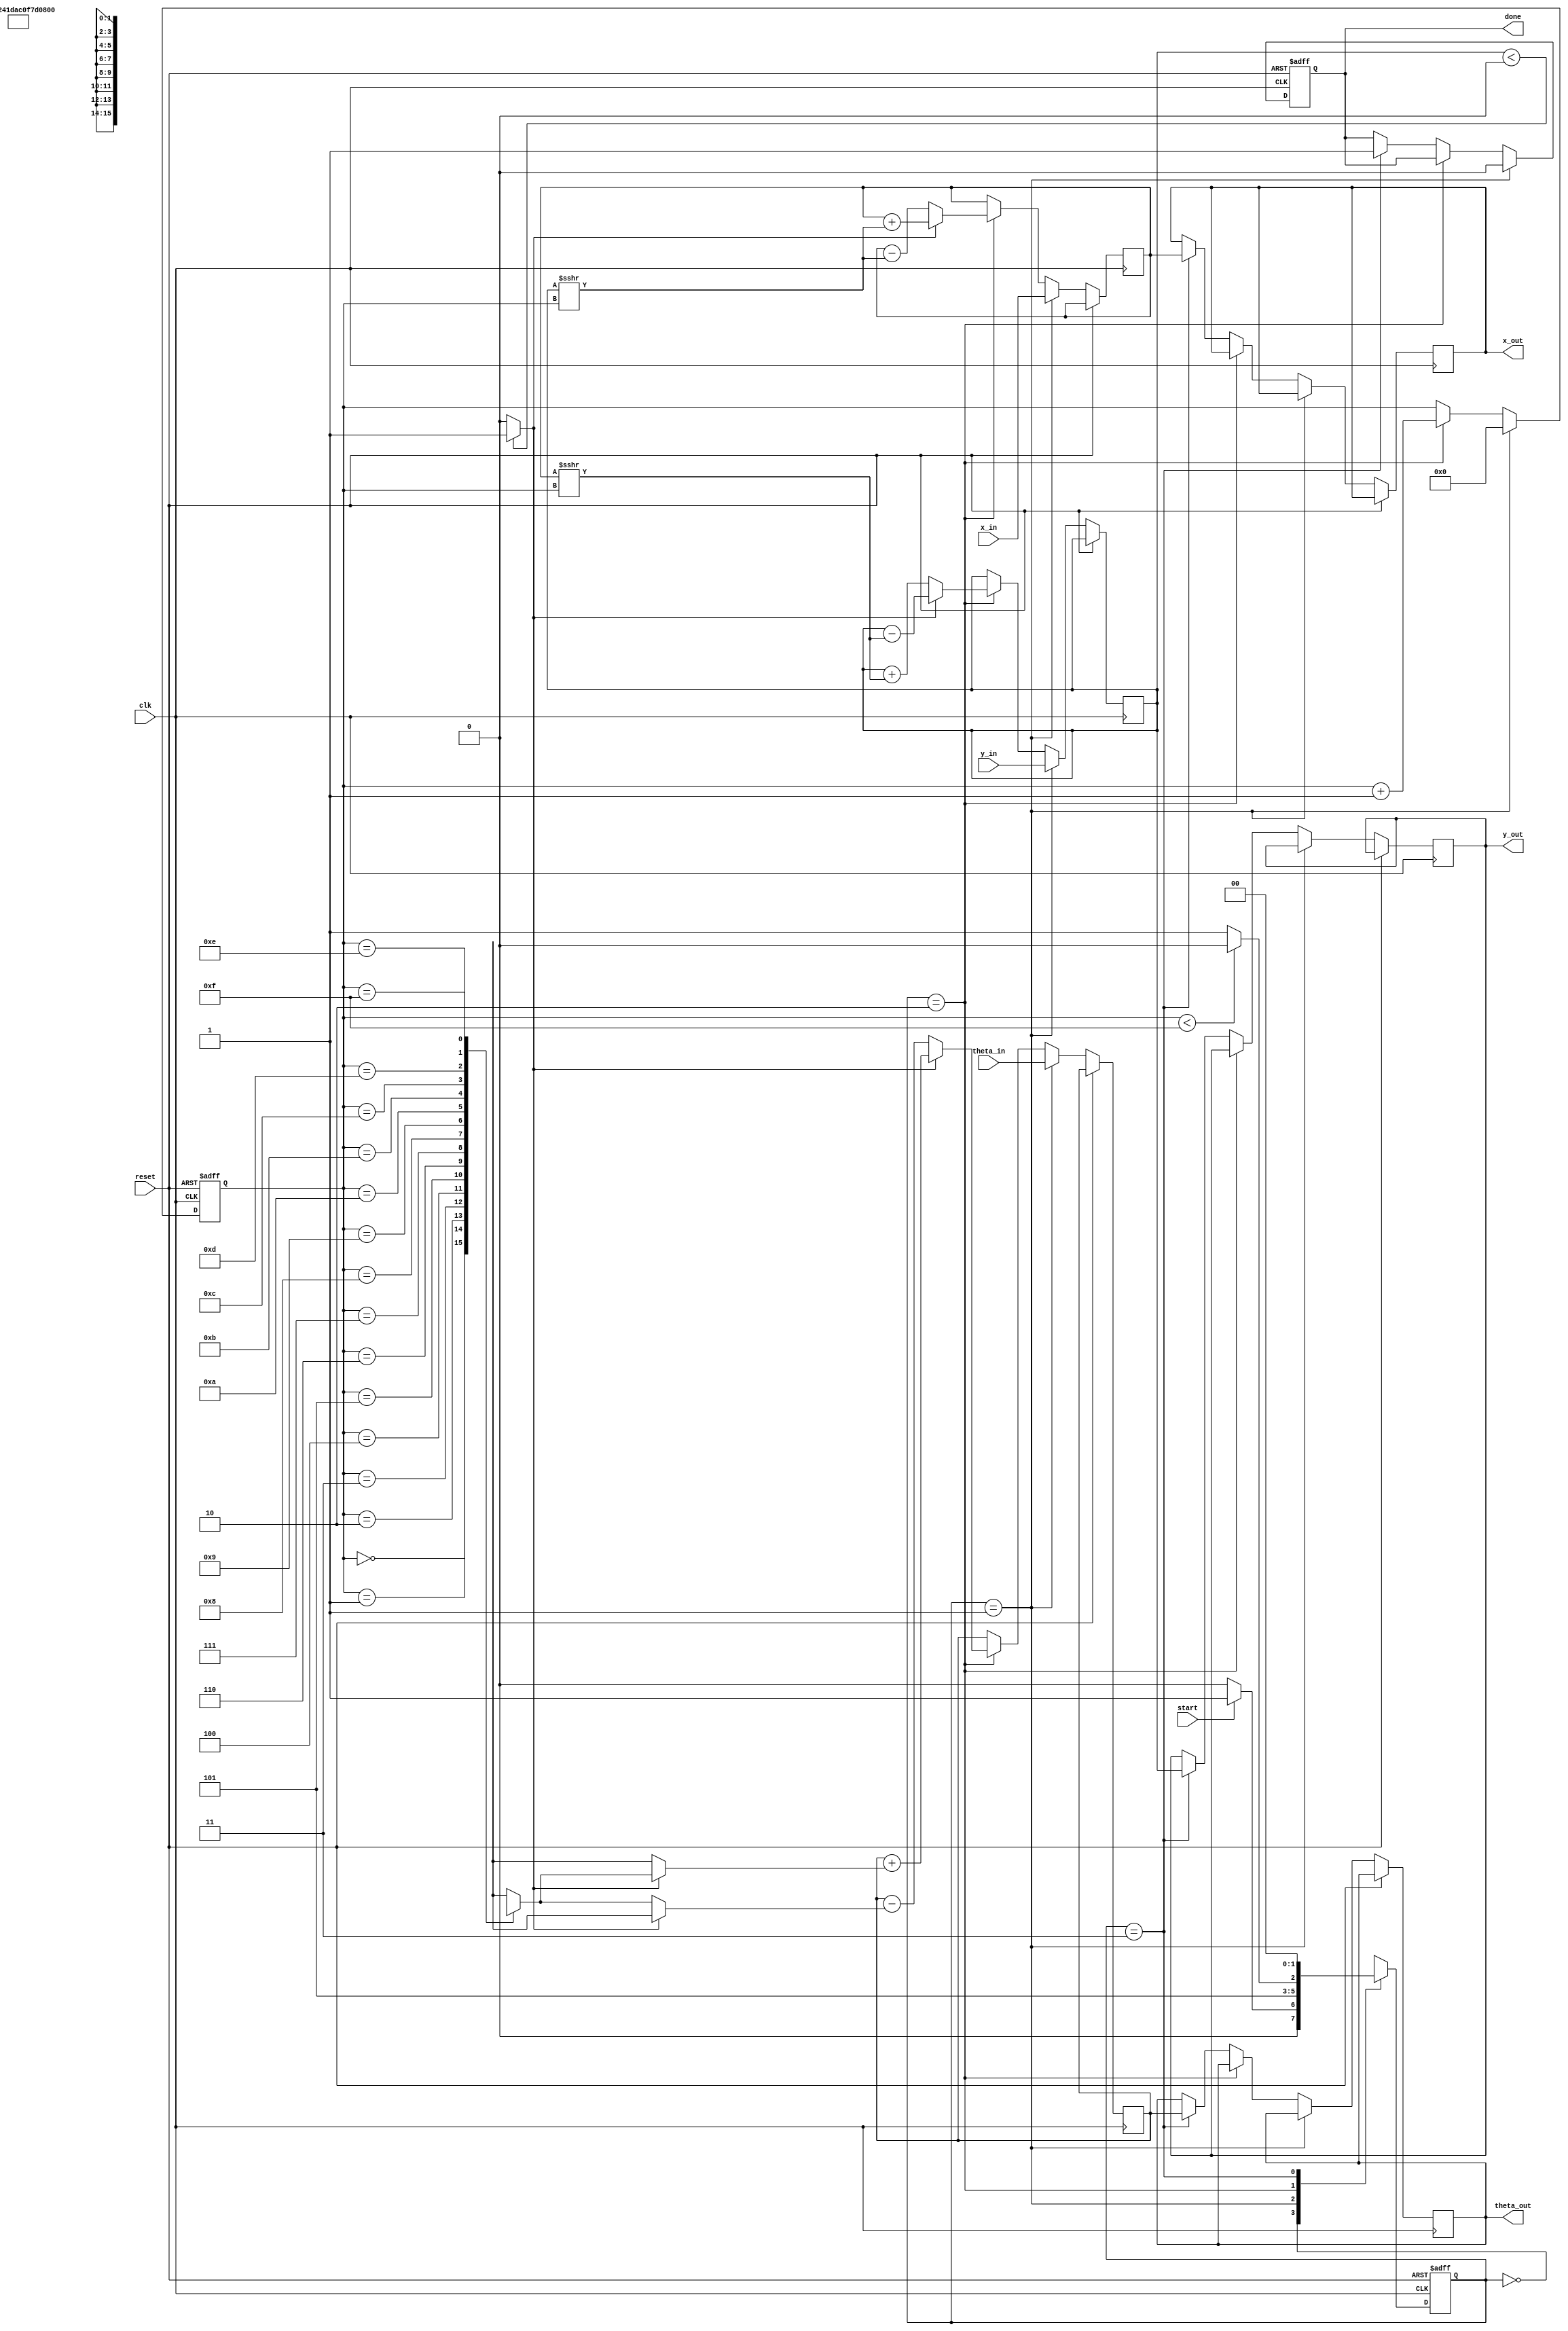
module cordic_vectoring (
    input  wire [15:0] x_in,          // Fixed-point x-coordinate input
    input  wire [15:0] y_in,          // Fixed-point y-coordinate input
    input  wire [15:0] theta_in,      // Fixed-point angle input
    input  wire start,                 // Start signal
    input  wire reset,                 // Asynchronous reset
    input  wire clk,                   // Clock signal
    output reg [15:0] x_out,           // Final x-coordinate output
    output reg [15:0] y_out,           // Final y-coordinate output
    output reg [15:0] theta_out,       // Final angle output
    output reg done                    // Done signal
);

// Parameters and internal signals
localparam IDLE     = 2'b00;
localparam INIT     = 2'b01;
localparam ROTATE   = 2'b10;
localparam OUTPUT    = 2'b11;

reg [1:0] state, next_state;
reg [15:0] x_reg, y_reg, theta_reg, z_reg; // Internal registers
reg [3:0] iteration_count;                  // Iteration counter
wire [15:0] atan_table [0:15];             // Angle lookup table
reg [15:0] x_next, y_next, z_next;         // Next values for the registers
reg sign;                                   // Direction of rotation

// Initialize atan_table with predefined values (in fixed-point format)
initial begin
    atan_table[0]  = 16'h0000; // atan(2^0)
    atan_table[1]  = 16'h3224; // atan(2^-1) (approx. 0.7854)
    atan_table[2]  = 16'h1DAC; // atan(2^-2) (approx. 0.4636)
    atan_table[3]  = 16'h0F7D; // atan(2^-3) (approx. 0.2449)
    atan_table[4]  = 16'h07D1; // atan(2^-4) (approx. 0.1244)
    // Fill in the rest as needed
    // ...
end

// State machine
always @(posedge clk or posedge reset) begin
    if (reset) begin
        state <= IDLE;
        iteration_count <= 0;
        done <= 0;
    end else begin
        state <= next_state;
        
        if (state == INIT) begin
            x_reg <= x_in;
            y_reg <= y_in;
            theta_reg <= theta_in;
            z_reg <= theta_in;
            iteration_count <= 0;
            done <= 0;
        end else if (state == ROTATE) begin
            x_reg <= x_next;
            y_reg <= y_next;
            z_reg <= z_next;
            iteration_count <= iteration_count + 1;
        end else if (state == OUTPUT) begin
            x_out <= x_reg;
            y_out <= y_reg;
            theta_out <= z_reg;
            done <= 1;
        end
    end
end

// Next state logic
always @(*) begin
    case (state)
        IDLE: begin
            if (start) begin
                next_state = INIT;
            end else begin
                next_state = IDLE;
            end
        end
        INIT: begin
            next_state = ROTATE; // Go to rotation after initialization
        end
        ROTATE: begin
            if (iteration_count < 15) begin // Assuming max 15 iterations
                next_state = ROTATE;
            end else begin
                next_state = OUTPUT; // Go to output after completing iterations
            end
        end
        OUTPUT: begin
            next_state = IDLE; // Go back to IDLE once output is ready
        end
        default: next_state = IDLE;
    endcase
end

// CORDIC Rotation Logic
always @(*) begin
    // Default values
    x_next = x_reg;
    y_next = y_reg;
    z_next = z_reg;

    // Determine the sign and compute next values based on the current quadrant
    if (y_reg < 0) begin
        sign = 1'b1; // Rotate counter-clockwise
    end else begin
        sign = 1'b0; // Rotate clockwise
    end

    if (sign) begin
        x_next = x_reg + (y_reg >>> iteration_count);
        y_next = y_reg - (x_reg >>> iteration_count);
        z_next = z_reg + atan_table[iteration_count];
    end else begin
        x_next = x_reg - (y_reg >>> iteration_count);
        y_next = y_reg + (x_reg >>> iteration_count);
        z_next = z_reg - atan_table[iteration_count];
    end
end

endmodule